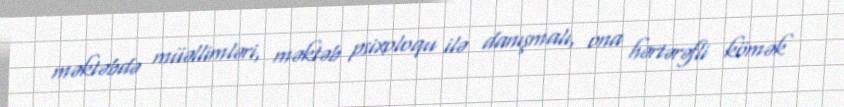
məktəbdə müəllimləri, məktəb psixoloqu ilə danışmalı, ona hərtərəfli kömək